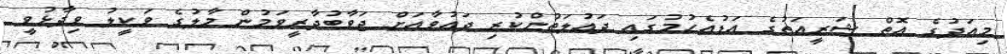
މިއަދުގެ އޮތް ޝަރީއަތުގެ އަޑުއެހުމުގައި ދައުލަތުންކުރި ދައުވާއަށް ޖަވާބުދާރީވަމުން މާލުގެ ވަކީލު ވިދާޅުވީ